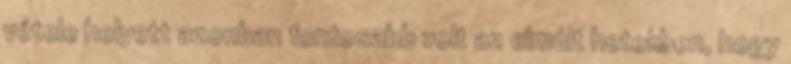
vétele helyett azonban fontosabb volt az elmúlt hetekben, hogy